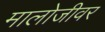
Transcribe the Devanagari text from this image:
मालोजीवर